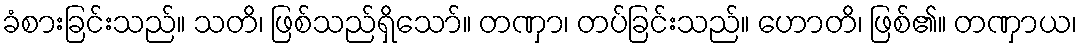
ခံစားခြင်းသည်။ သတိ၊ ဖြစ်သည်ရှိသော်။ တဏှာ၊ တပ်ခြင်းသည်။ ဟောတိ၊ ဖြစ်၏။ တဏှာယ၊